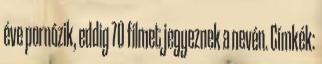
éve pornózik, eddig 70 filmet jegyeznek a nevén. Címkék: